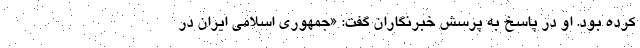
کرده بود. او در پاسخ به پرسش خبرنگاران گفت: «جمهوری اسلامی ایران در